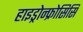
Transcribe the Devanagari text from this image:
हाइड्रोन्फ्रोसिसि